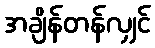
အချိန်တန်လျှင်